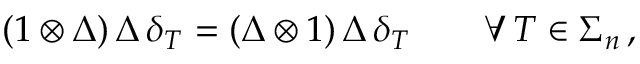
( 1 \otimes \Delta ) \, \Delta \, \delta _ { T } = ( \Delta \otimes 1 ) \, \Delta \, \delta _ { T } \qquad \forall \, T \in \Sigma _ { n } \, ,